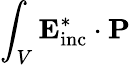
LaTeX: \int_{V}\mathbf{E}_{\mathrm{inc}}^{*}\cdot\mathbf{P}